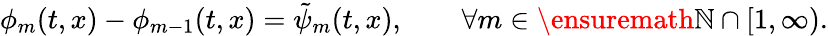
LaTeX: \begin{array}{r}{\phi_{m}(t,x)-\phi_{m-1}(t,x)=\tilde{\psi}_{m}(t,x),\qquad\forall m\in\ensuremath{\mathbb{N}}\cap[1,\infty).}\end{array}